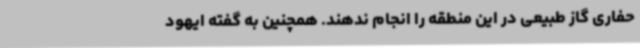
حفاری گاز طبیعی در این منطقه را انجام ندهند. همچنین به گفته ایهود